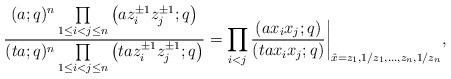
LaTeX: \begin{gather*}\frac{(a;q)^n\prod\limits_{1\le i<j\le n} \big(a z_i^{\pm 1} z_j^{\pm 1};q\big)}{(ta;q)^n\prod\limits_{1\le i<j\le n} \big(t a z_i^{\pm 1} z_j^{\pm 1};q\big)}=\prod_{i<j} \frac{(a x_i x_j;q)} {(t a x_i x_j;q)}\biggr|_{\hat{x}=z_1,1/z_1,\dots,z_n,1/z_n},\end{gather*}